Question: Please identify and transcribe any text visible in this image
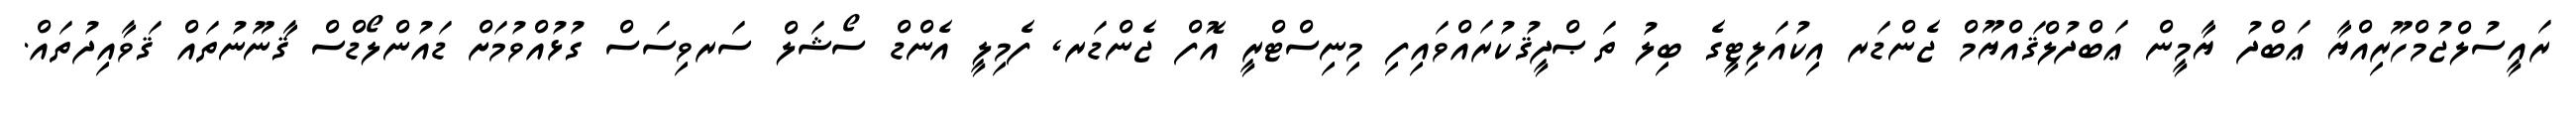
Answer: ރައީސުލްޖުމްހޫރިއްޔާ ޢަބްދު ޔާމީން ޢަބްދުލްޤައްޔޫމް ޖެންޑަރ އިކުއަލިޓީގެ ބިލު ތަޞްދީޤުކުރައްވައިފި މިނިސްޓްރީ އޮފް ޖެންޑަރ, ފެމިލީ އެންޑް ސޯޝަލް ސަރވިސަސް ގުޅުއްވުމަށް ޑައުންލޯޑްސް ޤާނޫނުތައް ޤަވާއިދުތައް.